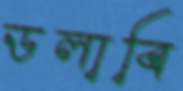
ডলাবি